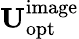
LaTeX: \mathbf{U}_{\mathrm{opt}}^{\mathrm}